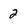
Character: 2